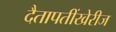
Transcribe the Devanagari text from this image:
दैतापतींखेरीज